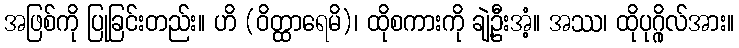
အဖြစ်ကို ပြုခြင်းတည်း။ ဟိ (ဝိတ္ထာရေမိ)၊ ထိုစကားကို ချဲ့ဦးအံ့။ အဿ၊ ထိုပုဂ္ဂိုလ်အား။